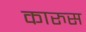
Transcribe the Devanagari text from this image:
कारुस